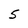
Character: 5